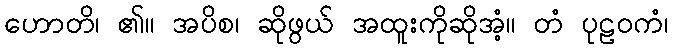
ဟောတိ၊ ၏။ အပိစ၊ ဆိုဖွယ် အထူးကိုဆိုအံ့။ တံ ပုဠဝကံ၊